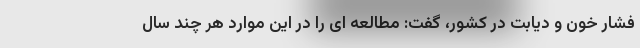
فشار خون و دیابت در کشور، گفت: مطالعه ای را در این موارد هر چند سال